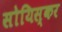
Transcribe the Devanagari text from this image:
सोयिस्कर